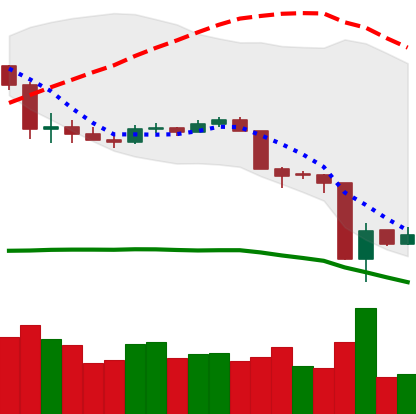
Ticker: LTC-USD
Chart end date: 2020-03-15
Forward return: 4.652%
Label: up_3_5